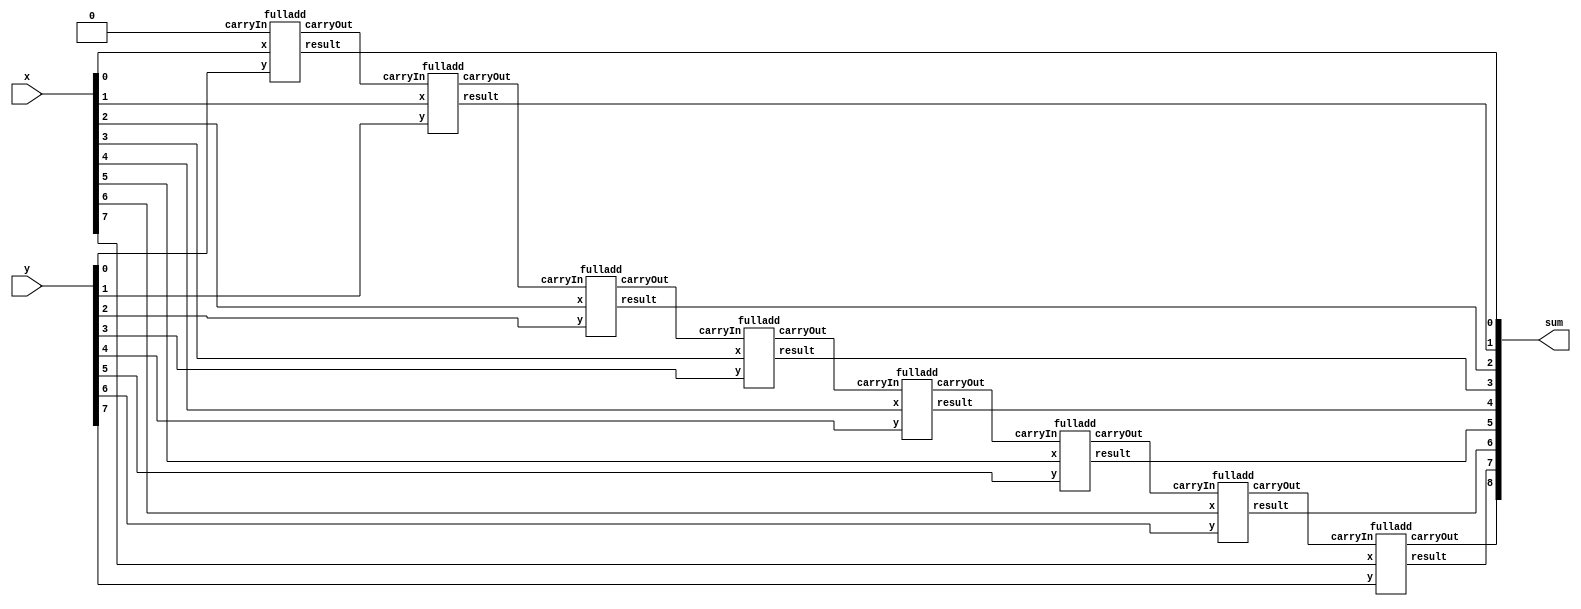
`timescale 1ns / 1ps
//////////////////////////////////////////////////////////////////////////////////
// Module Name: adder8
// Project Name: 8-bit_calculator
// Target Devices: Xilinx Artix-7 FPGA
// Description: This program adds together two 8-bit values to produce a 16-bit sum
//////////////////////////////////////////////////////////////////////////////////

// Adds two 8-bit values together and displays the sum 
module adder8(
    input [7:0] x,      // first 8-bit value
    input [7:0] y,      // second 8-bit value
    //output carry,       // final carry out value
    output [8:0] sum    // sum of the two 8-bit values
    );
    // carry out wires flowing from each full adder circuit into the next
    wire carryOut0, carryOut1, carryOut2, carryOut3, carryOut4, carryOut5, carryOut6, carry;
    
    //full adder circuits 0 through 7 that produce the output for each bit of the output sum
    fulladd B0(x[0], y[0], 1'b0, carryOut0, sum[0]); 
    fulladd B1(x[1], y[1], carryOut0, carryOut1, sum[1]);
    fulladd B2(x[2], y[2], carryOut1, carryOut2, sum[2]);
    fulladd B3(x[3], y[3], carryOut2, carryOut3, sum[3]);
    fulladd B4(x[4], y[4], carryOut3, carryOut4, sum[4]);
    fulladd B5(x[5], y[5], carryOut4, carryOut5, sum[5]);
    fulladd B6(x[6], y[6], carryOut5, carryOut6, sum[6]);
    fulladd B7(x[7], y[7], carryOut6, carry, sum[7]);
    assign sum[8] = carry;
    
endmodule

//Adds two 1-bit values together using a carry in variable
//and produces a 1-bit output value and carryout value
module fulladd(
    input x,            //first 1-bit value
    input y,            //second 1-bit value
    input carryIn,      //1-bit carry in value for output summation
    output carryOut,    //1-bit carry out value to be used in the next full adder instance
    output result       //1-bit output value used in the final 8-bit LED sequence
    );
    wire xorOut, andOut1, andOut2;
    xor x0(xorOut, x, y);
    xor x1(result, xorOut, carryIn);
    and A0(andOut1, carryIn, xorOut);
    and A1(andOut2, x, y);
    or M0(carryOut, andOut1, andOut2);
   
endmodule